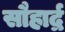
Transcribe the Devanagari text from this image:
सौहार्द्र